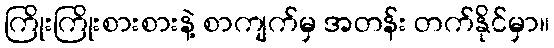
ကြိုးကြိုးစားစားနဲ့ စာကျက်မှ အတန်း တက်နိုင်မှာ။